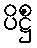
ပိဋ္ဌိံ